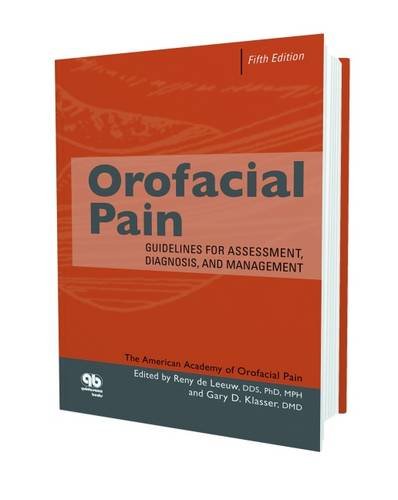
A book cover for Orofacial Pain: Guidelines for Assessment, Diagnosis, and Management, Fifth Edition; Reny de Leeuw; Medical Books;